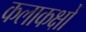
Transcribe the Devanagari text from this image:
कलाकक्षों